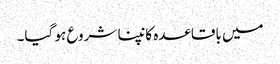
میں باقاعدہ کانپنا شروع ہو گیا۔